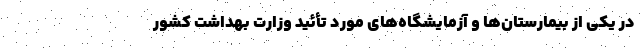
در یکی از بیمارستان‌ها و آزمایشگاه‌های مورد تأئید وزارت بهداشت کشور